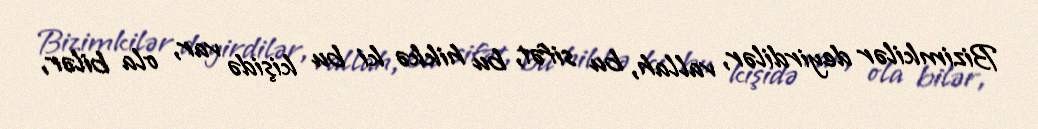
Bizimkilər deyirdilər, vallah, bu sifət, bu hikkə ki bu kişidə var, ola bilər,